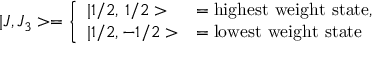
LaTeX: | J , J _ { 3 } > = \left\{ \begin{array} { l l } { { | 1 / 2 , \, 1 / 2 > } } & { { = { \mathrm { h i g h e s t ~ w e i g h t ~ s t a t e } } , } } \\ { { | 1 / 2 , - 1 / 2 > } } & { { = { \mathrm { l o w e s t ~ w e i g h t ~ s t a t e } } } } \end{array} \right.